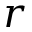
r